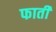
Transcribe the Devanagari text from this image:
फाती